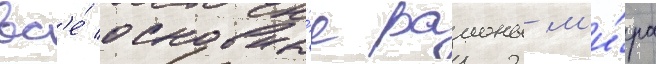
вс'е́ основны́е раионы м'и́ра